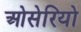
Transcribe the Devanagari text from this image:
ओसेरियो